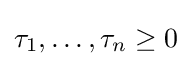
\tau _{1},\dots ,\tau _{n}\geq 0